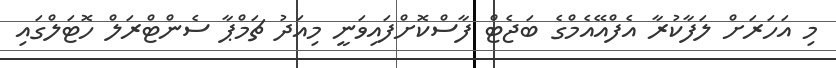
މި އަހަރަށް ލަފާކުރާ އެފްއޭއެމްގެ ބަޖެޓް ފާސްކޮށްފައިވަނީ މިއަދު ޗަމްޕާ ސެންޓްރަލް ހޮޓަލްގައި